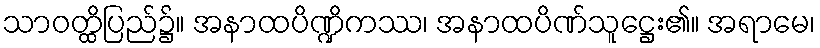
သာဝတ္ထိပြည်၌။ အနာထပိဏ္ဍိကဿ၊ အနာထပိဏ်သူဋ္ဌေး၏။ အရာမေ၊